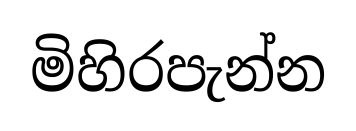
මිහිරපැන්න